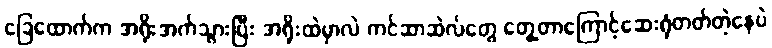
ခြေထောက်က အရိုးအက်သွားပြီး အရိုးထဲမှာလဲ ကင်ဆာဆဲလ်တွေ တွေ့တာကြောင့်ဆေးရုံတတ်တဲ့နေပဲ